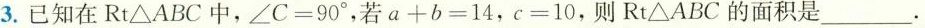
3.已知在Rt△ABC中，∠C=90°，若a+b=14，c=10，则Rt△ABC的面积是_________。